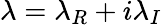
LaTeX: \lambda=\lambda_{R}+i\lambda_{I}